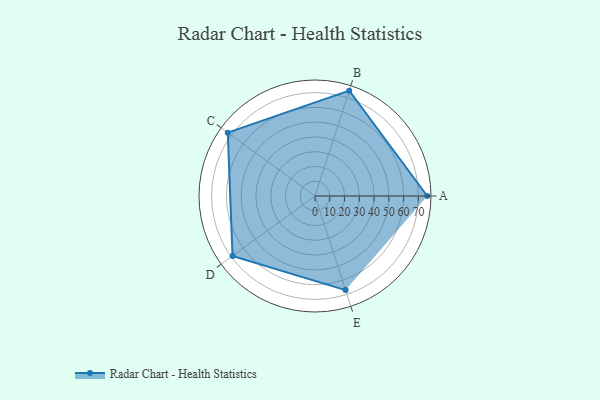
{"axis": {"x": "Skill", "y": "Score"}, "legend": ["Profile"], "data": [{"x": "A", "y": 76.0, "type": "Profile"}, {"x": "B", "y": 75.0, "type": "Profile"}, {"x": "C", "y": 73.0, "type": "Profile"}, {"x": "D", "y": 69.0, "type": "Profile"}, {"x": "E", "y": 67.0, "type": "Profile"}]}